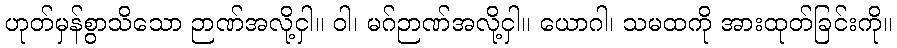
ဟုတ်မှန်စွာသိသော ဉာဏ်အလို့ငှါ။ ဝါ၊ မဂ်ဉာဏ်အလို့ငှါ။ ယောဂါ၊ သမထကို အားထုတ်ခြင်းကို။